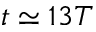
t \simeq 1 3 T